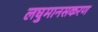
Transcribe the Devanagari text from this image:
लघुमानसकरण